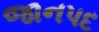
જાનપદ